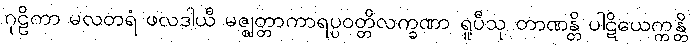
ဂုဠိကာ မလတရံ ဖလဒါယီ မဇ္ဈတ္တာကာရပ္ပဝတ္တိလက္ခဏာ ရူပီသု တာဏန္တိ ပါဋိယေက္ကန္တိ